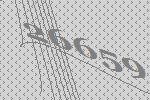
26659